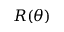
R ( \theta )